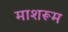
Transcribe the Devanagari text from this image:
माशरूम